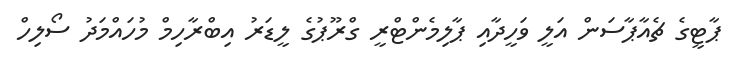
ޕާޓީގެ ޗެއާޕާސަން އަލީ ވަހީދާއި ޕާލިމެންޓްރީ ގްރޫޕުގެ ލީޑަރު އިބްރާހިމް މުހައްމަދު ސޯލިހް